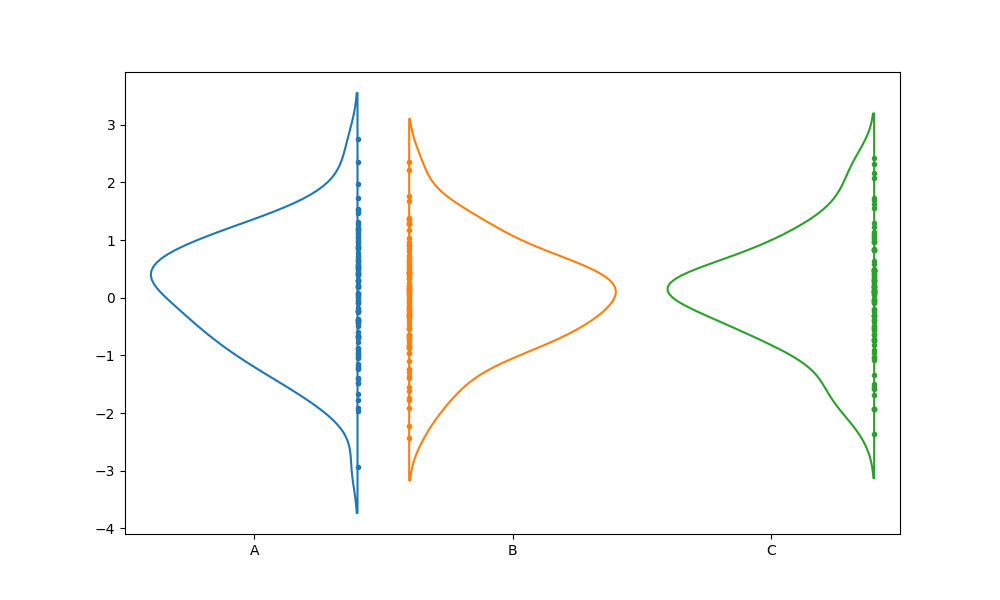
python, seaborn, violinplot, scale='width', split='True', inner='point', fill='False'